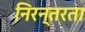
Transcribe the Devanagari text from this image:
निरन्‍तरता